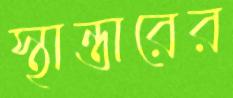
স্থান্তারের